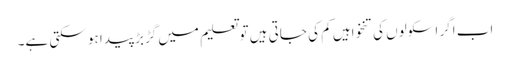
اب اگر اسکولوں کی تنخواہیں کم کی جاتی ہیں تو تعلیم میں گڑبڑ پیدا ہو سکتی ہے۔